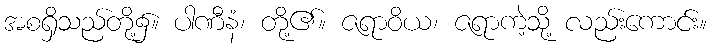
အစရှိသည်တို့၌။ ပါဏီနံ၊ တို့၏။ ဇရာဝိယ၊ ဇရာကဲ့သို့ လည်းကောင်း။